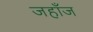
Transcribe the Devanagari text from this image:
जहाँज